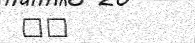
٦١